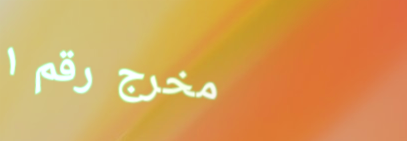
مخرج رقم ١